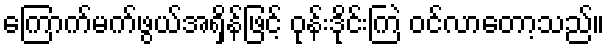
ကြောက်မက်ဖွယ်အရှိန်ဖြင့် ဝုန်းဒိုင်းကြဲ ဝင်လာတော့သည်။